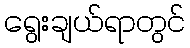
ရွေးချယ်ရာတွင်